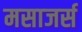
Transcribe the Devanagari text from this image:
मसाजर्स